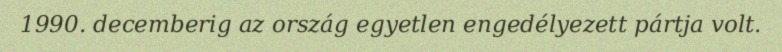
1990. decemberig az ország egyetlen engedélyezett pártja volt.